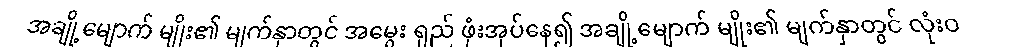
အချို့မျောက် မျိုး၏ မျက်နှာတွင် အမွေး ရှည် ဖုံးအုပ်နေ၍ အချို့မျောက် မျိုး၏ မျက်နှာတွင် လုံးဝ